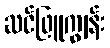
ဆင်ဖြူကျွန်း